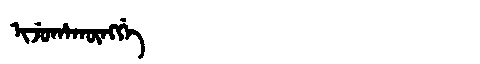
Manchu: ᡳᠵᡠᡥᠠᡴᡡᠩᡤᡝ
Romanization: IJUHAKŪNGGE